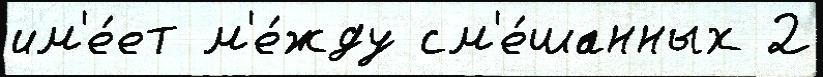
им'е́ет м'е́жду см'е́шанных 2